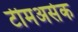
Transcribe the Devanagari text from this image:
टीमअसेक